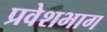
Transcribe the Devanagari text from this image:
प्रवेशभाग